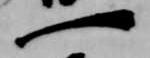
一